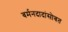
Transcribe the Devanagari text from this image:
बर्मनदादांसोबत